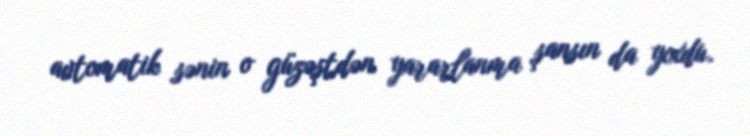
avtomatik sənin o güzəştdən yararlanma şansın da yoxdu.